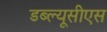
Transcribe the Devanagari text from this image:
डब्ल्यूसीएस